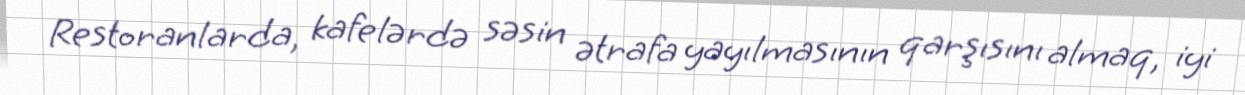
Restoranlarda, kafelərdə səsin ətrafa yayılmasının qarşısını almaq, iyi